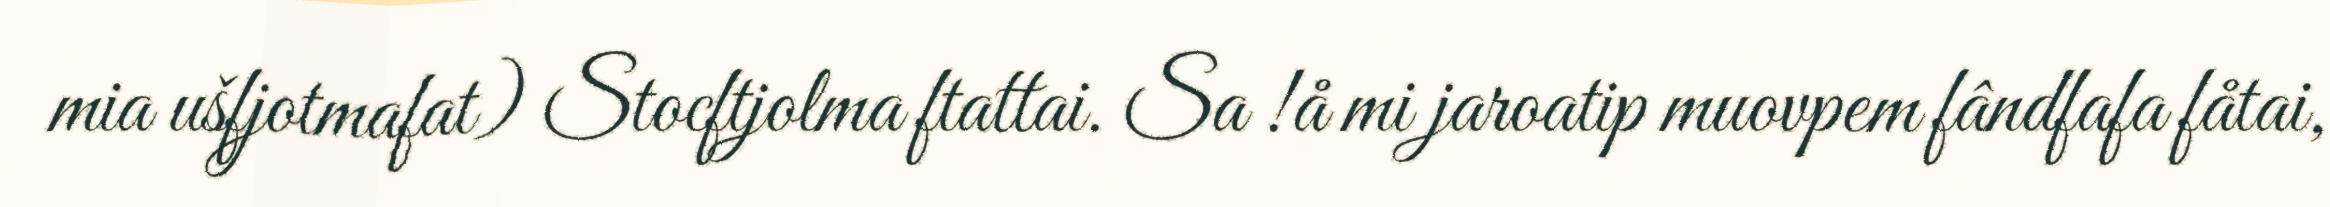
mia ušfjotmafat) Stocftjolma ftattai. Sa !å mi jaroatip muovpem fândfafa fåtai,